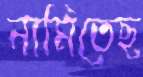
নামিতেছ